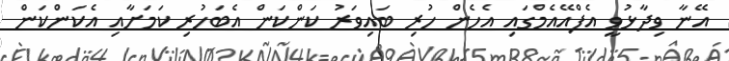
އޭނާ ވިދާޅުވީ އެފްއޭއެމްގައި އެހެން ހުރި ބައިވަރު ކަންކަން އެބަހުރި ކަމަށާއި އެކަންކަން